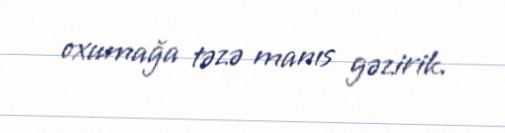
oxumağa təzə manıs gəzirik.